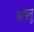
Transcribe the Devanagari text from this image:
आपतु